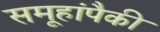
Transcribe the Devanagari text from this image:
समूहांपैकी